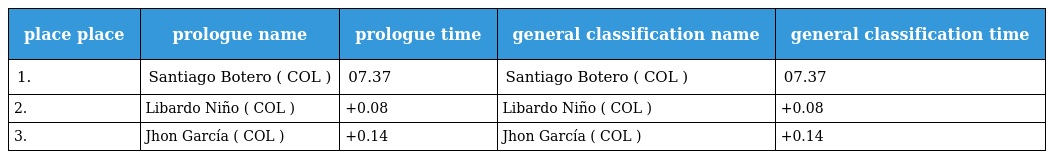
| place place | prologue name | prologue time | general classification name | general classification time |
 | --- | --- | --- | --- | --- |
 | 1. | Santiago Botero ( COL ) | 07.37 | Santiago Botero ( COL ) | 07.37 |
 | 2. | Libardo Niño ( COL ) | +0.08 | Libardo Niño ( COL ) | +0.08 |
 | 3. | Jhon García ( COL ) | +0.14 | Jhon García ( COL ) | +0.14 |